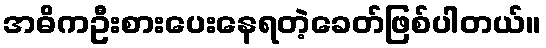
အဓိကဦးစားပေးနေရတဲ့ခေတ်ဖြစ်ပါတယ်။